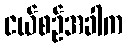
ငယ်စဉ်အခါက